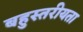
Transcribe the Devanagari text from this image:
बहुस्तरीयता